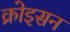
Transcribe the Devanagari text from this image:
क्रोइसन